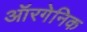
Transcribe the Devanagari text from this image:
ऑरगेनिक